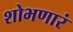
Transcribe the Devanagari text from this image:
शोभणारं